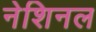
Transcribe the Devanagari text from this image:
नेशिनल